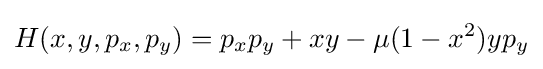
H(x,y,p_{x},p_{y})=p_{x}p_{y}+xy-\mu (1-x^{2})yp_{y}